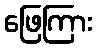
ဖြေကြား